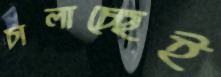
চালাচ্ছেই